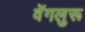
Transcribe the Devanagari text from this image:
वेंगलुरू